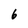
Character: 6